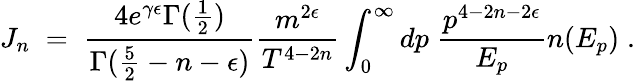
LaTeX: J_{n}\; =\; {\frac{4e^{\gamma\epsilon}\Gamma({\frac{1}{2}})}{\Gamma({\frac{5}{2}}-n-\epsilon)}}{\frac{m^{2\epsilon}}{T^{4-2n}}}\int_{0}^{\infty}dp\; {\frac{p^{4-2n-2\epsilon}}{E_{p}}}n(E_{p})\; .